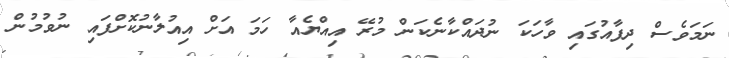
ނަމަވެސް ދިފާއުގައި ވާހަކަ ނުދައްކާނެކަން މުރޭ އިއްޔެއާ ހަމަ އަށް އިއުލާނުކޮށްފައި ނުވުމުން